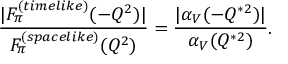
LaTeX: { \frac { | F _ { \pi } ^ { ( t i m e l i k e ) } ( - Q ^ { 2 } ) | } { F _ { \pi } ^ { ( s p a c e l i k e ) } ( Q ^ { 2 } ) } } = { \frac { | \alpha _ { V } ( - Q ^ { * 2 } ) | } { \alpha _ { V } ( Q ^ { * 2 } ) } } .